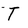
Character: T